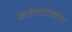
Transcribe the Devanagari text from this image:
कोन्फोर्मल